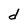
Character: d